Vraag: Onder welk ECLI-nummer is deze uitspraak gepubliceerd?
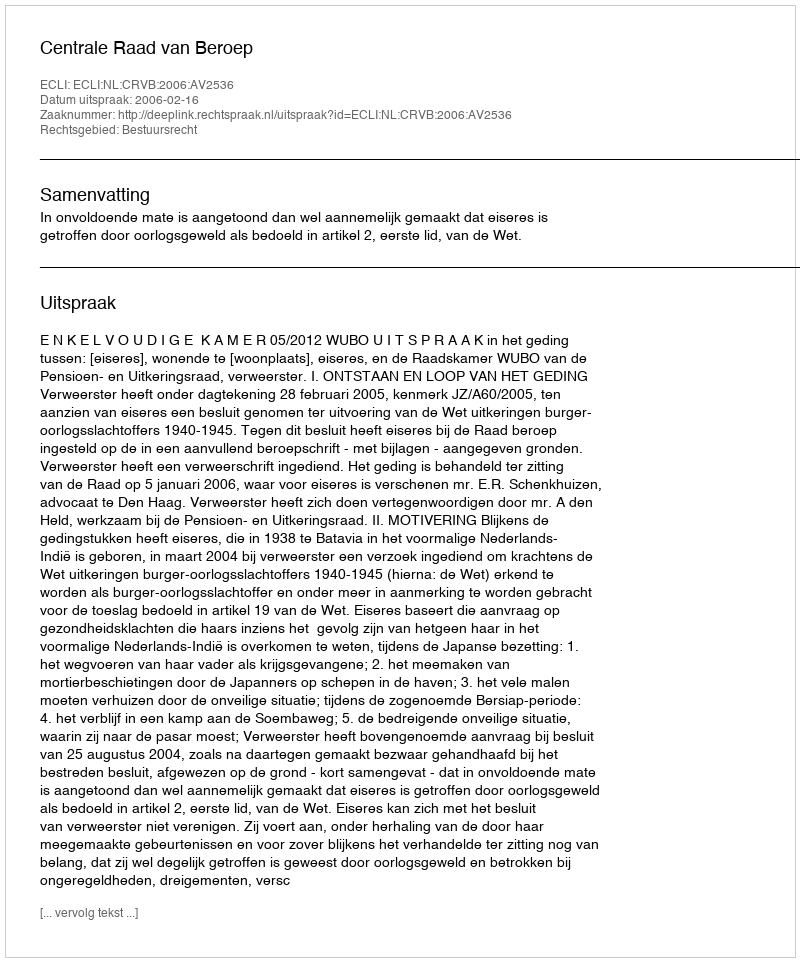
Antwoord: ECLI:NL:CRVB:2006:AV2536